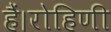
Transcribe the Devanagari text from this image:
हैं।रोहिणी